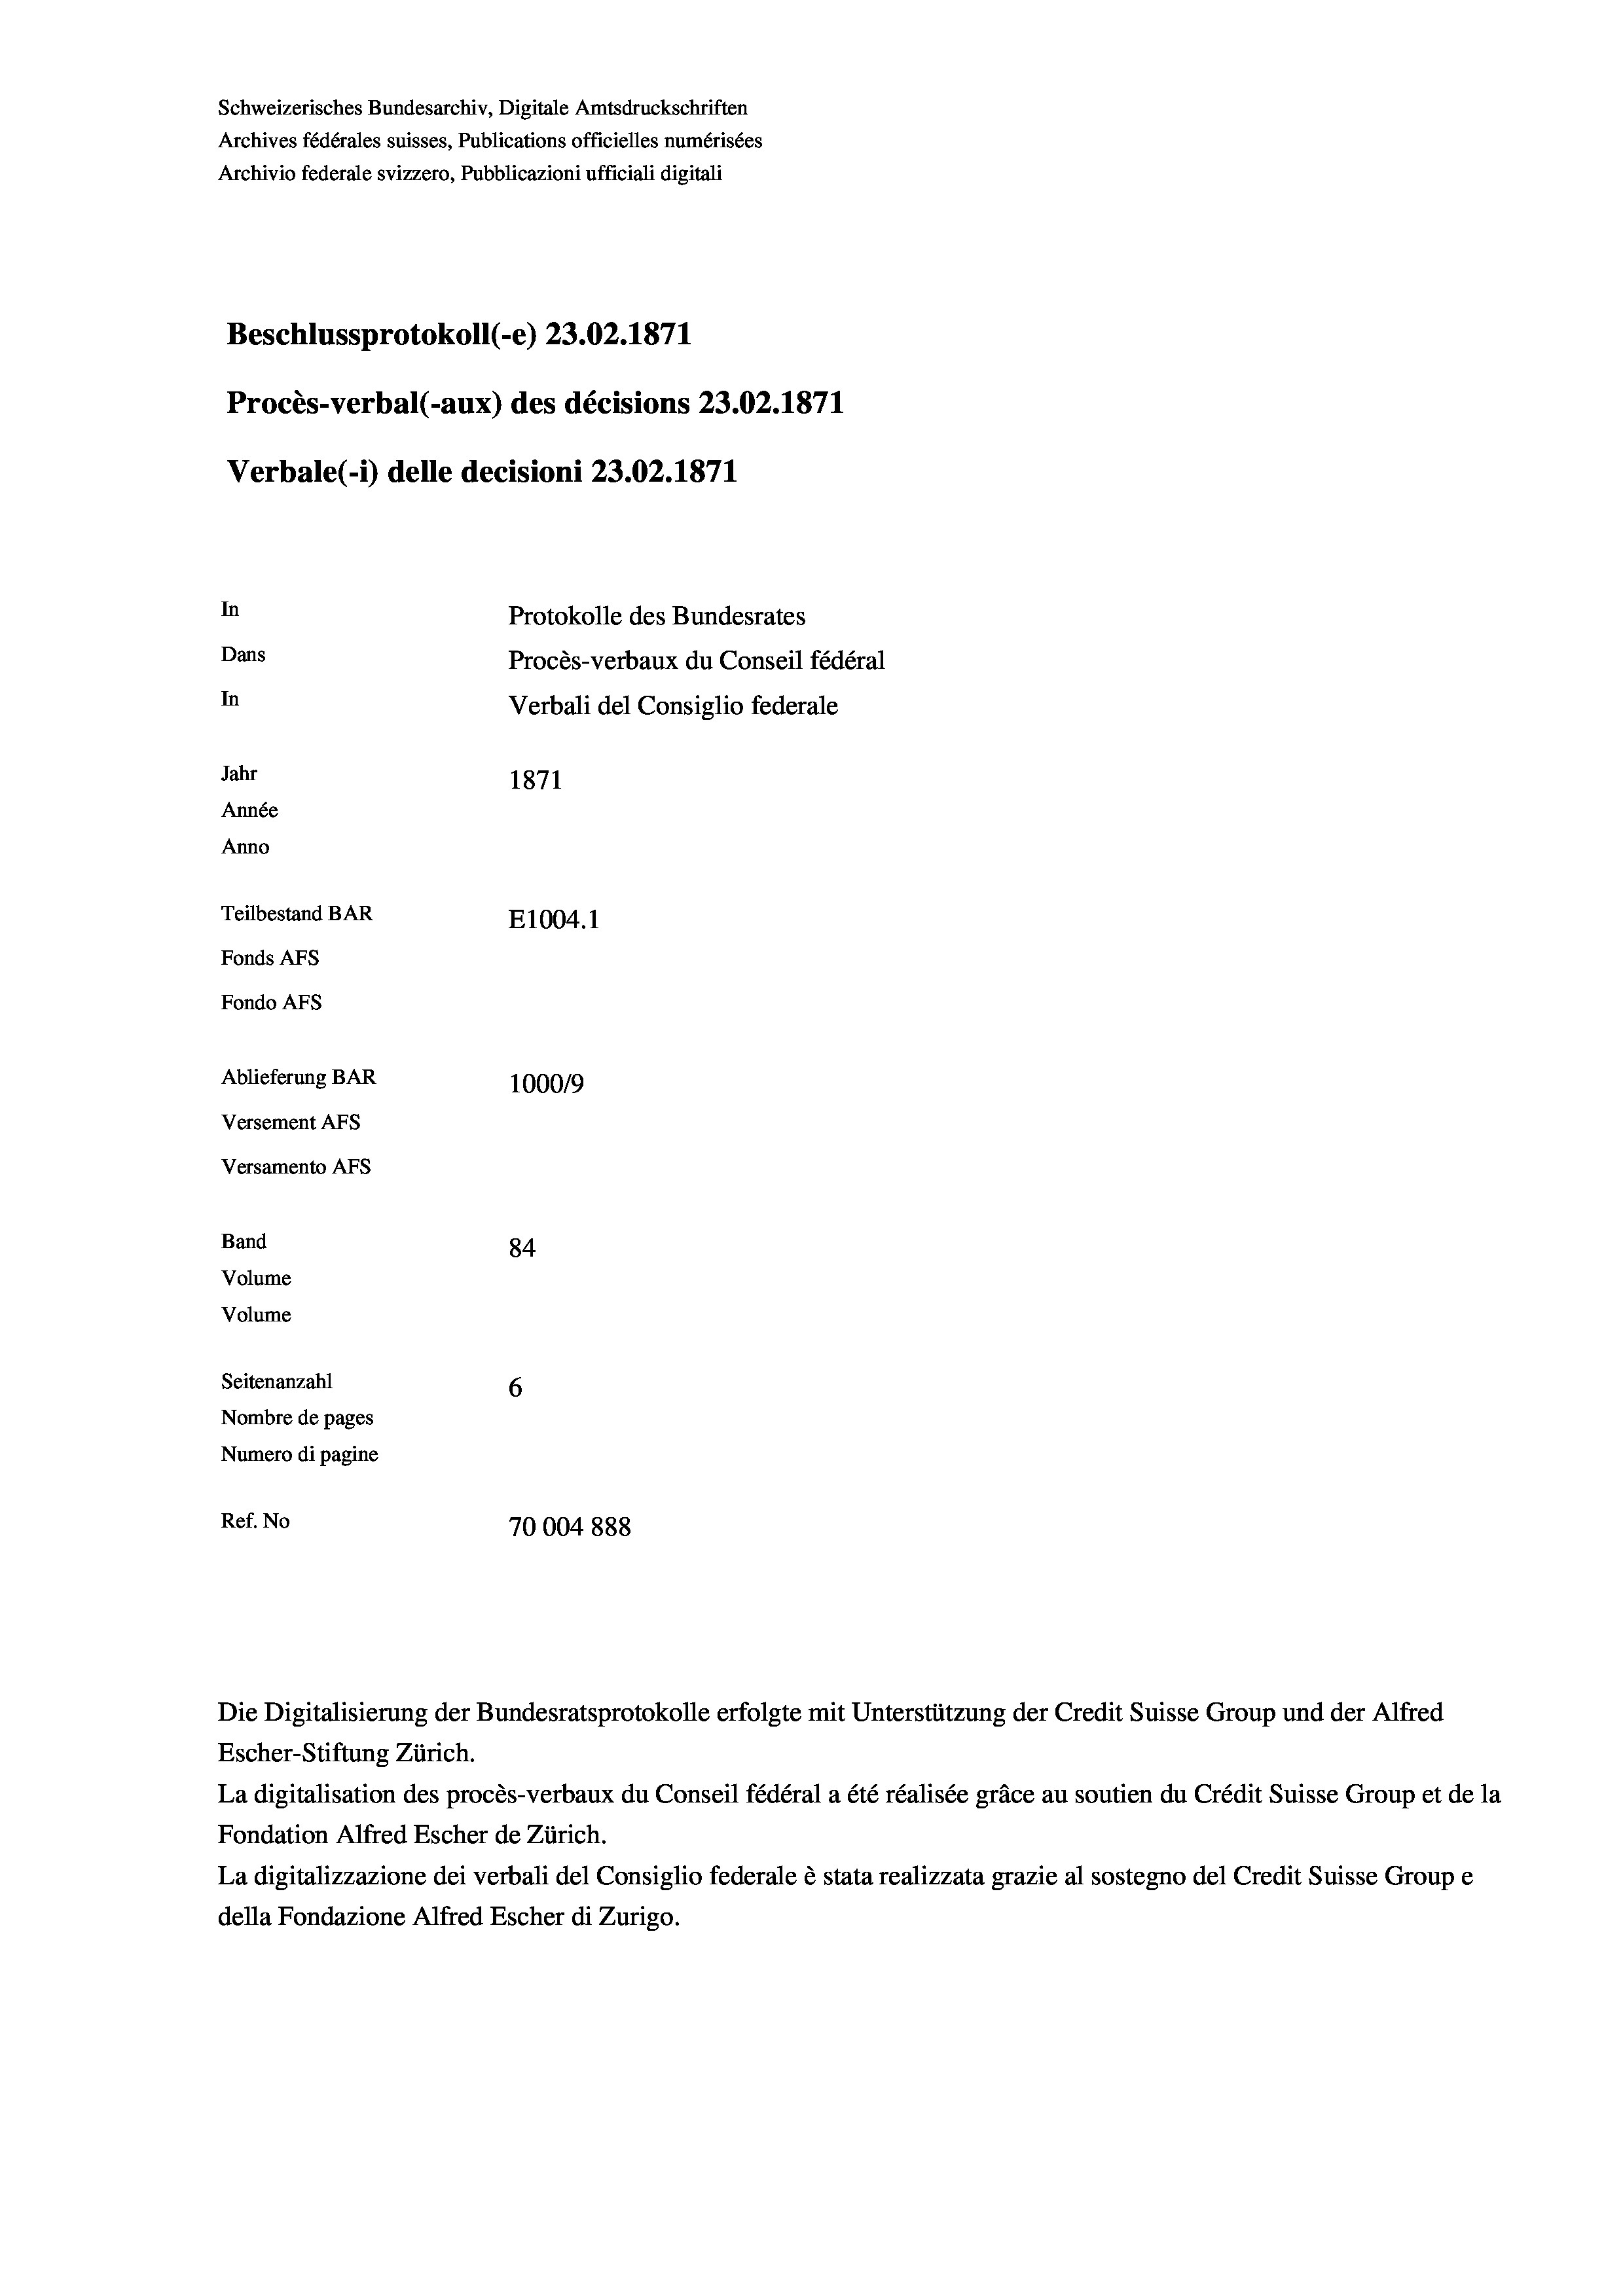
Schweizerisches Bundesarchiv, Digitale Amtsdruckschriften
Archives fédérales suisses, Publications officielles numérisées
Archivio federale svizzero, Pubblicazioni ufficiali digitali
Beschlussprotokoll (-e) 23.02. 1871
Procès-verbal (-aux) des décisions 23.02. 1871
Verbale (- 1) delle decisioni 23.02. 1871
In
Protokolle des Bundesrates
Dans
Procès-verbaux du Conseil fédéral
In
Verbali del Consiglio federale
Jahr
1871
Année
Anno
Teilbestand BAR
E1004.1
Fonds AFs
Fondo AFs
Ablieferung BAR
100019
Versement Abs
Versamento Afs
Band
84
Volume
Volume
Seitenanzahl
6
Nombre de pages
Numero di pagine
Ref. No
70004 888

La digitalisation des procès-verbaux du Conseil fédéral a été réalisée gräce au soutien du Crédit Suisse Group et de la
Fondation Alfred Escher de Zürich.
La digitalizzazione dei verbali del Consiglio federale è stata realizzata grazie al sostegno del Credit Suisse Groupe
della Fondazione Alfred Escher di Zurigo.

Die Digitalisierung der Bundesratsprotokolle erfolgte mit Unterstützung der Credit Suisse Group und der Alfred
Escher-Stiftung Zürich.